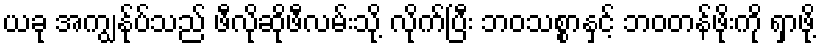
ယခု အကျွန်ုပ်သည် ဖီလိုဆိုဖီလမ်းသို့ လိုက်ပြီး ဘဝသစ္စာနှင့် ဘဝတန်ဖိုးကို ရှာဖို့